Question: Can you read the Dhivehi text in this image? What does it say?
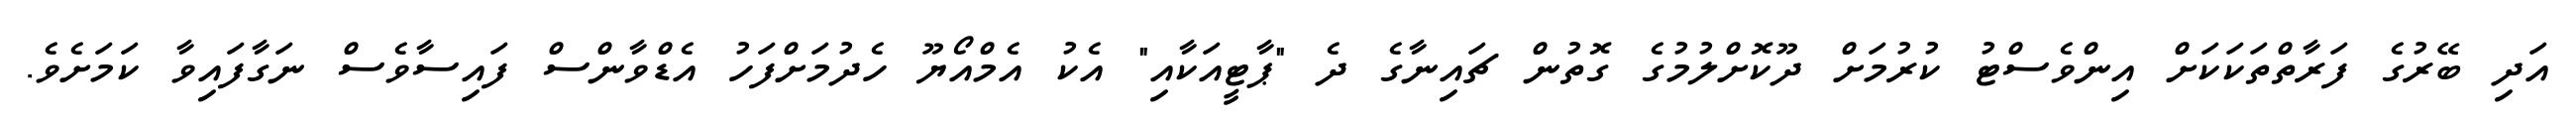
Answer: އަދި ބޭރުގެ ފަރާތްތަކަކަށް އިންވެސްޓު ކުރުމަށް ދޫކޮށްލުމުގެ ގޮތުން ޗައިނާގެ ދެ "ޕާޓީއަކާއި" އެކު އެމްއޯޔޫ ހެދުމަށްފަހު އެޑްވާންސް ފައިސާވެސް ނަގާފައިވާ ކަމަށެވެ.